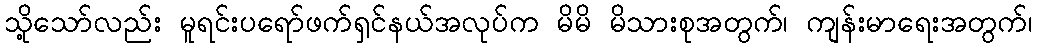
သို့သော်လည်း မူရင်းပရော်ဖက်ရှင်နယ်အလုပ်က မိမိ မိသားစုအတွက်၊ ကျန်းမာရေးအတွက်၊